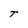
Character: T